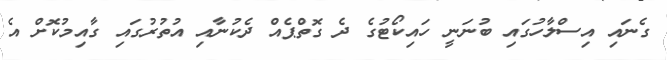
ގެނައި އިސްލާހުގައި ބުނަނީ ހައިކޯޓުގެ ދެ ގޮތްޕެއް ދެކުނާއި އުތުރުގައި ގާއިމުކޮށް އެ